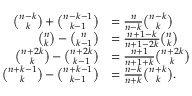
{ \begin{array} { r l } { { \binom { n - k } { k } } + { \binom { n - k - 1 } { k - 1 } } } & { = { \frac { n } { n - k } } { \binom { n - k } { k } } } \\ { { \binom { n } { k } } - { \binom { n } { k - 1 } } } & { = { \frac { n + 1 - k } { n + 1 - 2 k } } { \binom { n } { k } } } \\ { { \binom { n + 2 k } { k } } - { \binom { n + 2 k } { k - 1 } } } & { = { \frac { n + 1 } { n + 1 + k } } { \binom { n + 2 k } { k } } } \\ { { \binom { n + k - 1 } { k } } - { \binom { n + k - 1 } { k - 1 } } } & { = { \frac { n - k } { n + k } } { \binom { n + k } { k } } . } \end{array} }